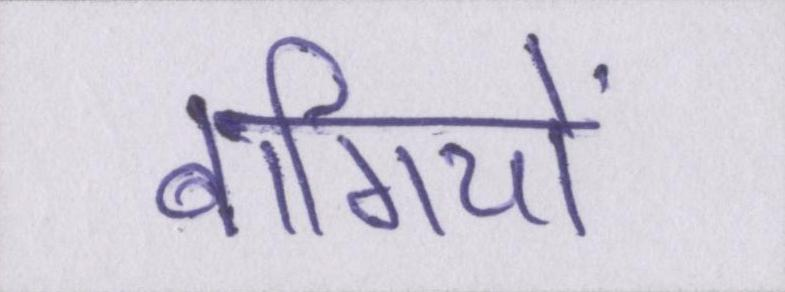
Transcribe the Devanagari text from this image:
बागियों